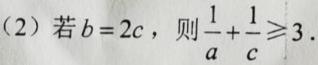
(2) 若$b = 2c$，则$\frac{1}{a}+\frac{1}{c}\geqslant3$.